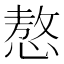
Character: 㥿